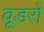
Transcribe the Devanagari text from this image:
वूडरो